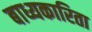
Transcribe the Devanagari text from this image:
बाध्यकारिता